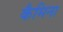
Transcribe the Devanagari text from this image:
कैमिना